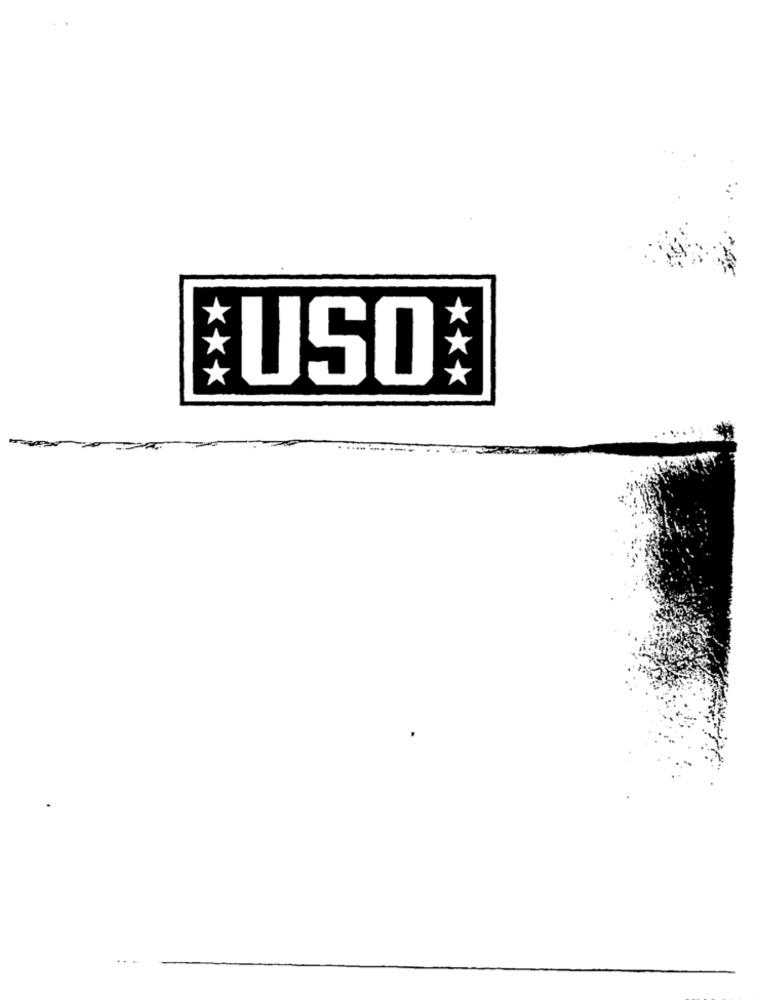
USO
. ..